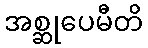
အစ္ဆုပေမီတိ